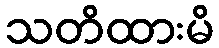
သတိထားမိ